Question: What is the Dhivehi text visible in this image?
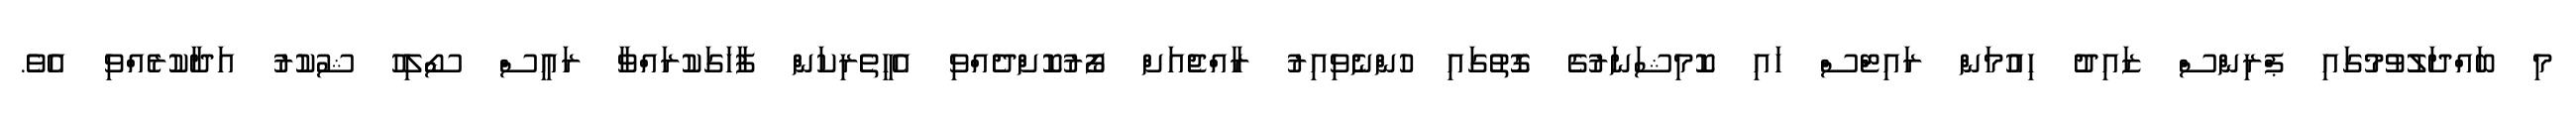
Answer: މި ބައްދަލުވުމުގައި ޕްރިންސް ޒައިދު ހިއުމަން ރައިޓްސް ހައި ކޮމިޝަނަރުގެ ގޮތުގައި ހުންނެވިއިރު ރާއްޖެއަށް ފޯރުކޮށްދެއްވި އެހީތެރިކަން ފާހަގަކުރައްވާ ރައީސް ސޯލިހު ޝުކުރު އަދާކުރެއްވި އެވެ.